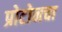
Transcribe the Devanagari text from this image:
प्रोटोनचा